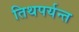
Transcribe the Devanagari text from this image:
तिथपर्यन्त